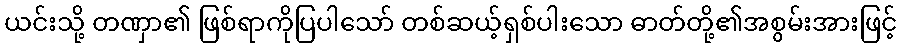
ယင်းသို့ တဏှာ၏ ဖြစ်ရာကိုပြပါသော် တစ်ဆယ့်ရှစ်ပါးသော ဓာတ်တို့၏အစွမ်းအားဖြင့်